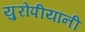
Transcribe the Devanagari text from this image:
युरोपीयांनी